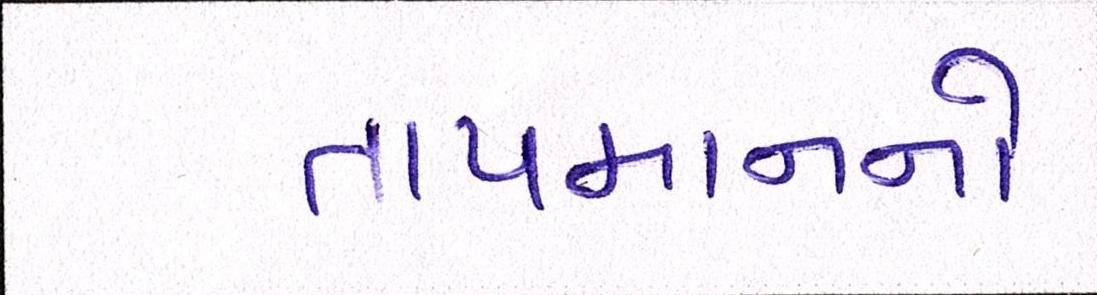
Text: તાપમાનનો